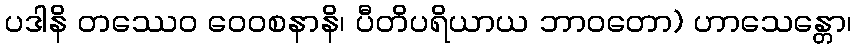
ပဒါနိ တဿေဝ ဝေဝစနာနိ၊ ပီတိပရိယာယ ဘာဝတော) ဟာသေန္တော၊